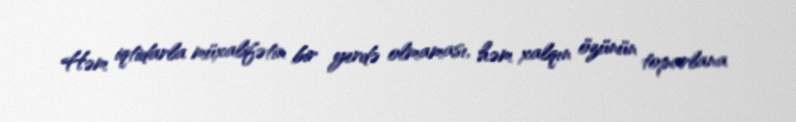
Həm iqtidarla müxalifətin bir yerdə olmaması, həm xalqın özünün toparlana